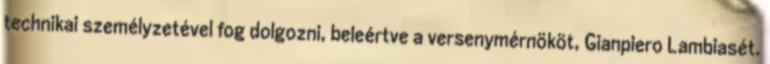
technikai személyzetével fog dolgozni, beleértve a versenymérnököt, Gianpiero Lambiasét.